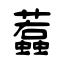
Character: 蠚